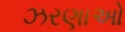
ઝરણાઓ